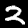
Digit: 2